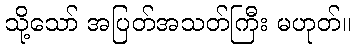
သို့သော် အပြတ်အသတ်ကြီး မဟုတ်။